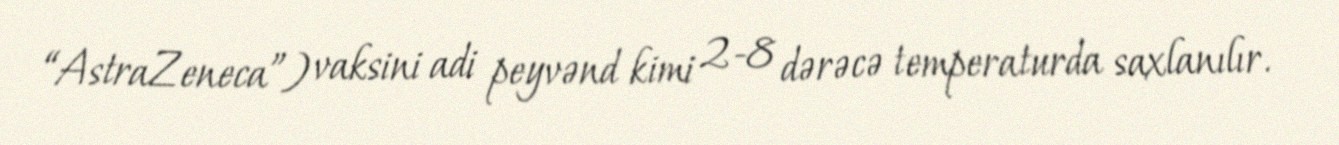
“AstraZeneca”) vaksini adi peyvənd kimi 2-8 dərəcə temperaturda saxlanılır.